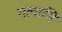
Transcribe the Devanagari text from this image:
गलानि